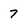
Character: 7